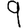
Digit: 9